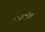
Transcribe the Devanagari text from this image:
अवावील